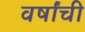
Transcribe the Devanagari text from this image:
वर्षांंची